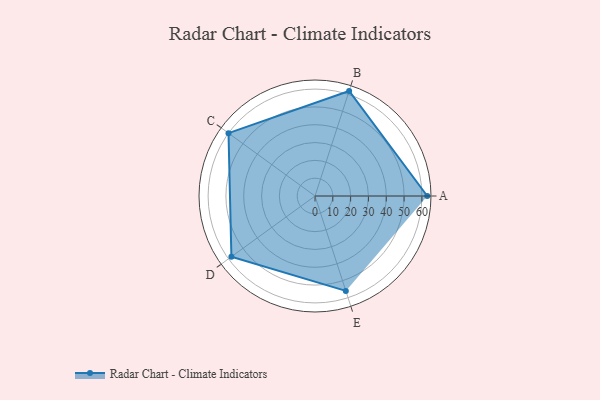
{"axis": {"x": "Skill", "y": "Score"}, "legend": ["Profile"], "data": [{"x": "A", "y": 63.0, "type": "Profile"}, {"x": "B", "y": 62.0, "type": "Profile"}, {"x": "C", "y": 60.0, "type": "Profile"}, {"x": "D", "y": 58.0, "type": "Profile"}, {"x": "E", "y": 56.0, "type": "Profile"}]}